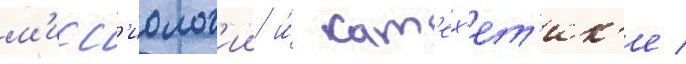
м'исс'иолог'ии и́ кат'ех'ет'ик'е /